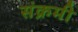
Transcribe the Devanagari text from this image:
संक्रमी